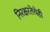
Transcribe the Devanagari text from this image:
निरक्षरतेचेही